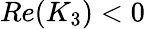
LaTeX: Re(K_{3})<0